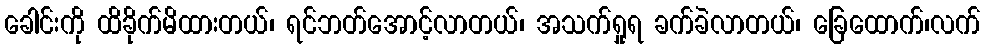
ခေါင်းကို ထိခိုက်မိထားတယ်၊ ရင်ဘတ်အောင့်လာတယ်၊ အသက်ရှုရ ခက်ခဲလာတယ်၊ ခြေထောက်၊လက်